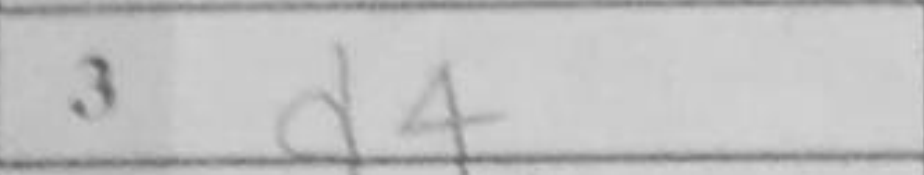
Transcription: d4